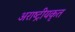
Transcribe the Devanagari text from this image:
अराष्ट्रीयकृत